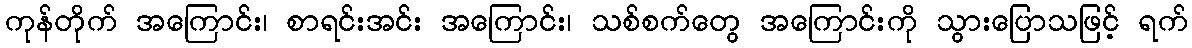
ကုန်တိုက် အကြောင်း၊ စာရင်းအင်း အကြောင်း၊ သစ်စက်တွေ အကြောင်းကို သွားပြောသဖြင့် ရက်